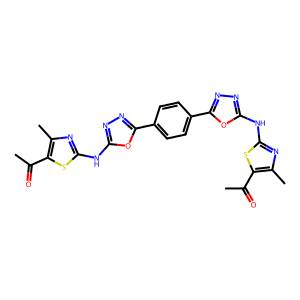
SMILES: CC(=O)c1sc(Nc2nnc(-c3ccc(-c4nnc(Nc5nc(C)c(C(C)=O)s5)o4)cc3)o2)nc1C
Inhibits HIV replication: No